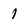
Character: 1